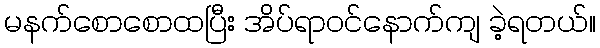
မနက်စောစောထပြီး အိပ်ရာဝင်နောက်ကျ ခဲ့ရတယ်။